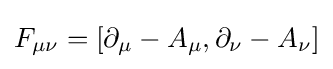
F_{\mu \nu }=[\partial _{\mu }-A_{\mu },\partial _{\nu }-A_{\nu }]